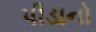
પીડાનો